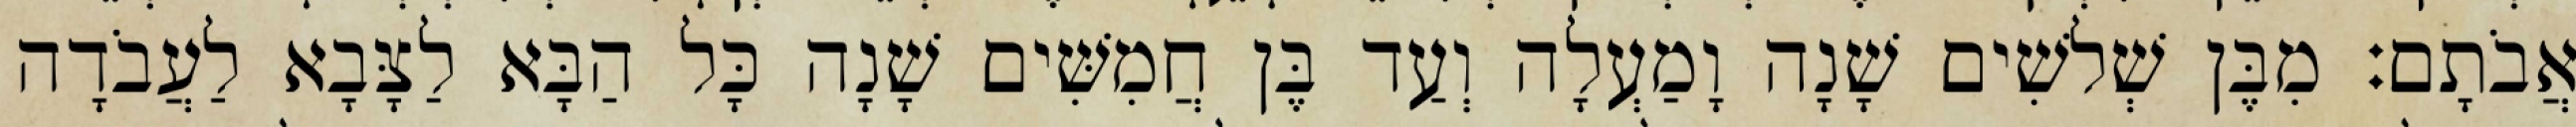
אֲבֹתָם׃ מִבֶּן שְׁלשִׁים שָׁנָה וָמַעְלָה וְעַד בֶּן חֲמִשִּׁים שָׁנָה כָּל הַבָּא לַצָּבָא לַעֲבֹדָה